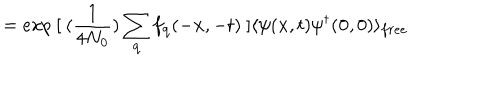
= e x p \mathrm { ~ } [ \mathrm { ~ } ( \frac { 1 } { 4 N _ { 0 } } ) \sum _ { { \bf { q } } } f _ { { \bf { q } } } ( - { \bf { x } } , - t ) \mathrm { ~ } ] \langle \psi ( { \bf { x } } , t ) \psi ^ { \dagger } ( { \bf { 0 } } , 0 ) \rangle _ { f r e e }